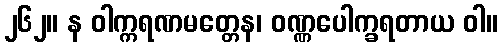
၂၆၂။ န ဝါက္ကရဏမတ္တေန၊ ဝဏ္ဏပေါက္ခရတာယ ဝါ။